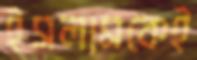
ইসলামকেই